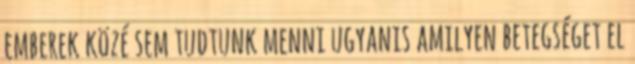
emberek közé sem tudtunk menni ugyanis amilyen betegséget el